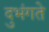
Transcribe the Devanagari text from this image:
दुभंगते